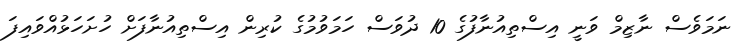
ނަމަވެސް ނާޒިމް ވަނީ އިސްތިއުނާފުގެ 10 ދުވަސް ހަމަވުމުގެ ކުރިން އިސްތިއުނާފަށް ހުށަހަޅުއްވައިފަ